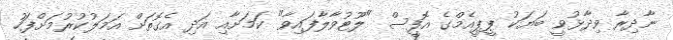
ނާދިރާ ވިދާޅުވީ ބަޔަކު ޕީޕީއެމްގެ އޮފީސް "ލޫޓުވާލާފައިވާ" ކަމަށާއި އަދި އެގޮތަށް އަމަލުކުރުމަށްފަހު